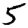
Digit: 5